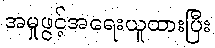
အမှုဖွင့်အရေးယူထားပြီး